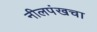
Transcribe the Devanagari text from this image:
नीलपंखचा